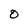
Character: O